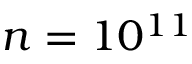
n = 1 0 ^ { 1 1 }